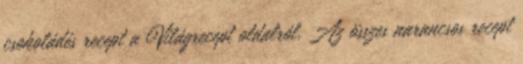
csokoládés recept a Világrecept oldalról. Az összes narancsos recept